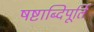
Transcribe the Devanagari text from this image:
षष्टाब्दिपूर्ति